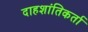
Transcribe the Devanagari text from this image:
दाहशांतिकर्ता